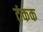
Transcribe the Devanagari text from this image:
टंकक